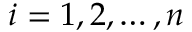
i = 1 , 2 , \dots , n